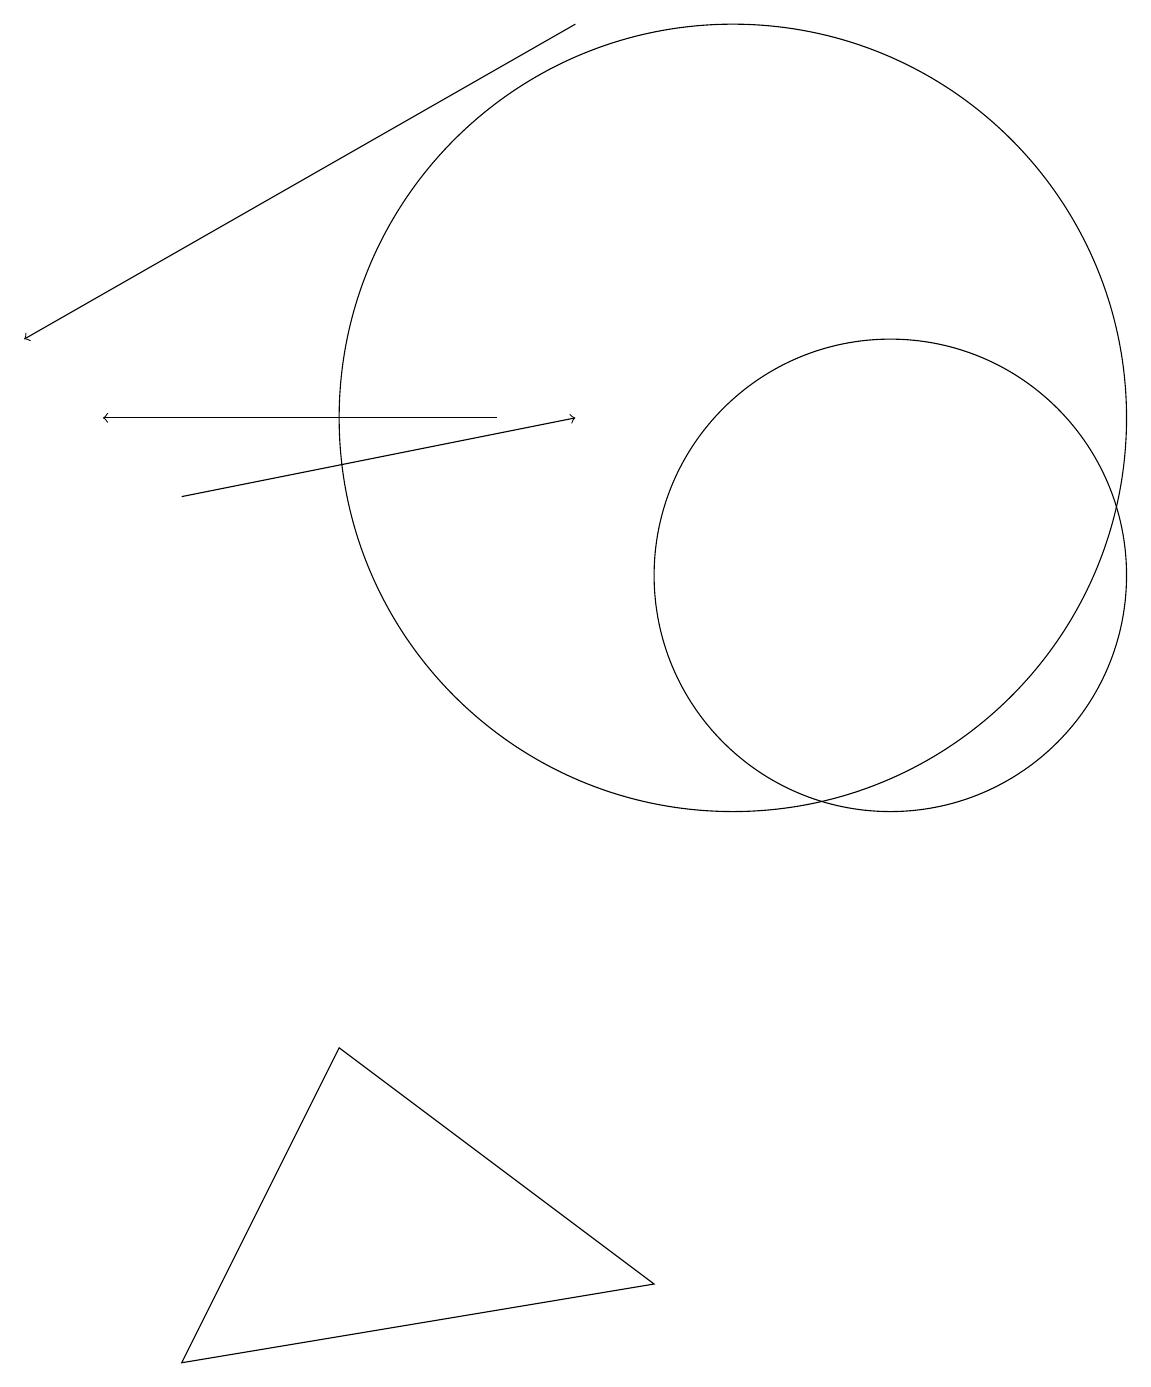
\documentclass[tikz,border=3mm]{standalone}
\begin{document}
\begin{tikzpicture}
\draw (12,10) circle (3);
\draw (5,4) -- (3,0) -- (9,1) -- cycle;
\draw[->] (7,12) -- (2,12);
\draw (10,12) circle (5);
\draw[->] (3,11) -- (8,12);
\draw[->] (8,17) -- (1,13);
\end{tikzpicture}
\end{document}